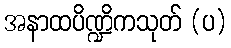
အနာထပိဏ္ဍိကသုတ် (ပ)